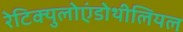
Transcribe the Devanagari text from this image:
रेटिक्युलोएंडोथीलियल